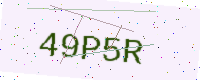
Text: 49P5R